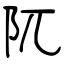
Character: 阢